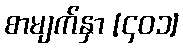
စာမျက်နှာ [၄၀၁]